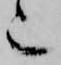
也